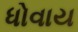
ધોવાય